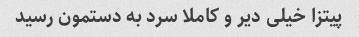
پیتزا خیلی دیر و کاملا سرد به دستمون رسید